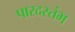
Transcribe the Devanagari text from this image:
पारदस्तंभ